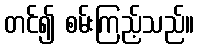
တင်၍ စမ်းကြည့်သည်။